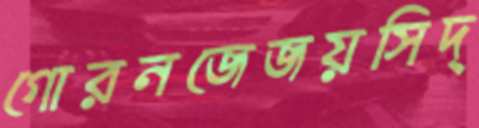
গোরনজেজয়সিদ্